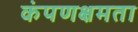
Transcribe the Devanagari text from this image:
कंपणक्षमता